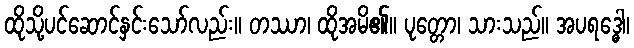
ထိုသို့ပင်ဆောင်နှင်းသော်လည်း။ တဿာ၊ ထိုအမိ၏။ ပုတ္တော၊ သားသည်။ အပရဒ္ဓေါ၊